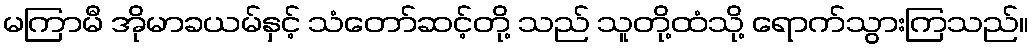
မကြာမီ အိုမာခယမ်နှင့် သံတော်ဆင့်တို့ သည် သူတို့ထံသို့ ရောက်သွားကြသည်။